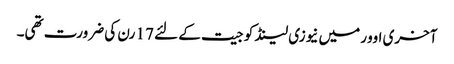
آخری اوور میں نیوزی لینڈ کو جیت کے لئے 17 رن کی ضرورت تھی۔